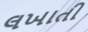
લખાતી